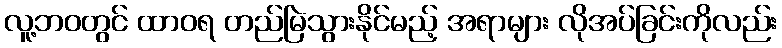
လူ့ဘဝတွင် ထာဝရ တည်မြဲသွားနိုင်မည့် အရာများ လိုအပ်ခြင်းကိုလည်း